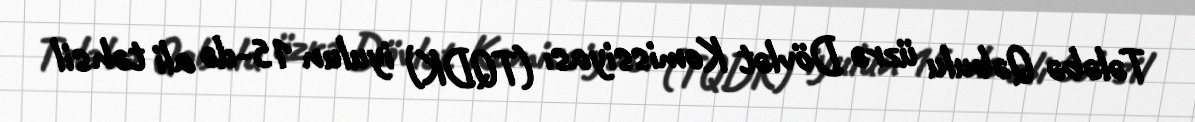
Tələbə Qəbulu üzrə Dövlət Komissiyası (TQDK) iyulun 15-də ali təhsil